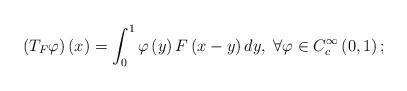
LaTeX: \begin{align*}\left(T_{F}\varphi\right)\left(x\right)=\int_{0}^{1}\varphi\left(y\right)F\left(x-y\right)dy,\;\forall\varphi\in C_{c}^{\infty}\left(0,1\right);\end{align*}